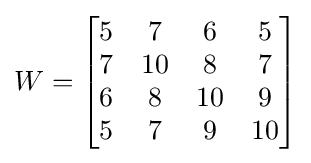
W={\begin{bmatrix}5&7&6&5\\7&10&8&7\\6&8&10&9\\5&7&9&10\end{bmatrix}}